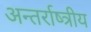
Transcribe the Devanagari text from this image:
अन्तर्राष्त्रीय